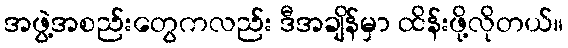
အဖွဲ့အစည်းတွေကလည်း ဒီအချိန်မှာ ထိန်းဖို့လိုတယ်။